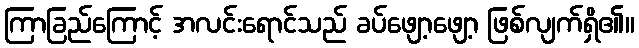
ကြာခြည်ကြောင့် အလင်းရောင်သည် ခပ်ဖျော့ဖျော့ ဖြစ်လျက်ရှိ၏။